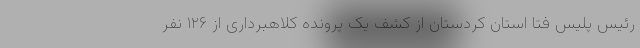
رئیس پلیس فتا استان کردستان از کشف یک پرونده کلاهبرداری از ۱۲۶ نفر